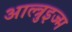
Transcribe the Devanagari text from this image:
आल्त्रुइज्म